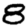
Digit: 8